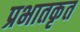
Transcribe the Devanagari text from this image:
प्रभातकृत